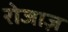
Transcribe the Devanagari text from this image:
रोजाज़